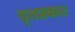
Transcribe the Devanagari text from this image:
वृत्तप्रकार